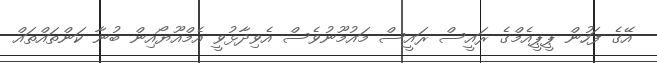
އޭގެ ފަހުން ޕީޕީއެމްގެ ރައީސް ރައީސް މައުމޫނުވެސް އެވިދާޅުވީ އެމްއޫޔޯއިން ބުނާ ކަންތައްތައް